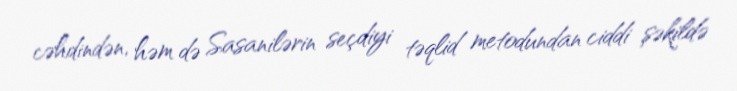
cəhdindən, həm də Sasanilərin seçdiyi təqlid metodundan ciddi şəkildə